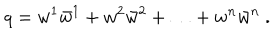
q = w ^ { 1 } \bar { w } ^ { 1 } + w ^ { 2 } \bar { w } ^ { 2 } + \ldots + w ^ { n } \bar { w } ^ { n } \ .